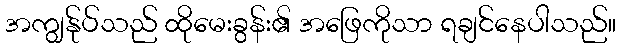
အကျွန်ုပ်သည် ထိုမေးခွန်း၏ အဖြေကိုသာ ရချင်နေပါသည်။